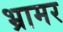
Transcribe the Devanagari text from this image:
भ्रामर